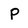
Character: p